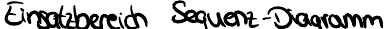
Einsatzbereich Sequenz-Diagramm